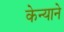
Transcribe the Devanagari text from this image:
केन्याने